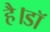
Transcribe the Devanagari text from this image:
है।डॉ